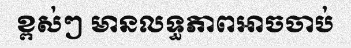
ខ្ពស់ៗ មានលទ្ធភាពអាចចាប់